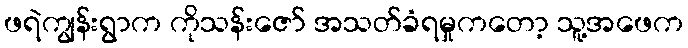
ဖရဲကျွန်းရွာက ကိုသန်းဇော် အသတ်ခံရမှုကတော့ သူ့အဖေက